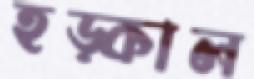
হড়্‌কাল